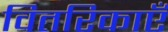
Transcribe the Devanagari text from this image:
वितरिकाएँ